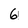
Character: 6